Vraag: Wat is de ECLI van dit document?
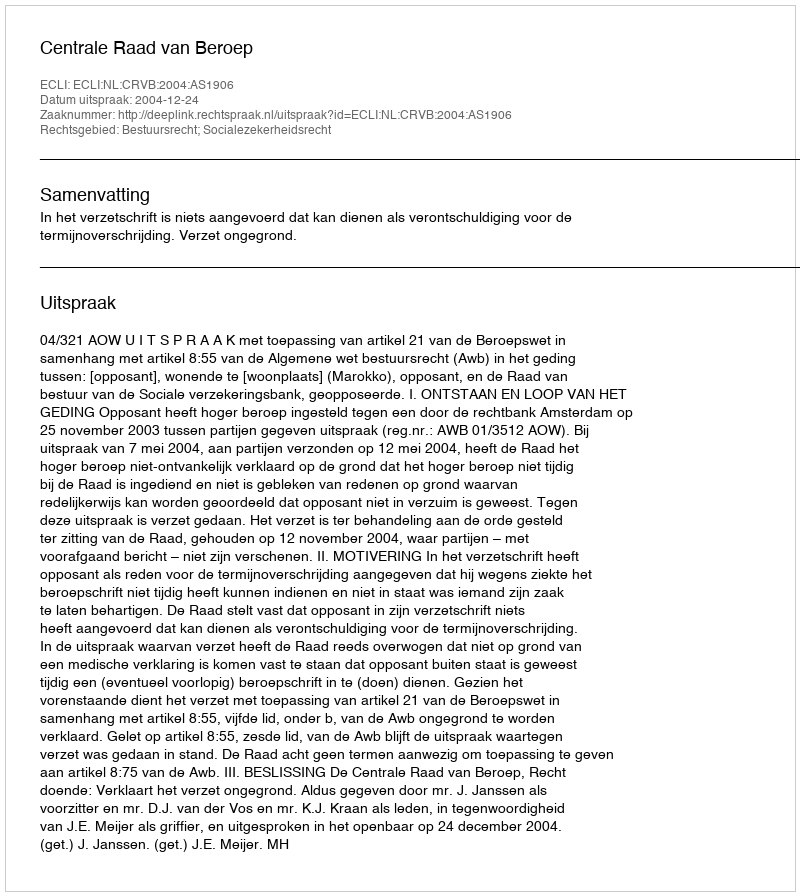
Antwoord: ECLI:NL:CRVB:2004:AS1906